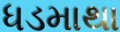
ધડમાથા